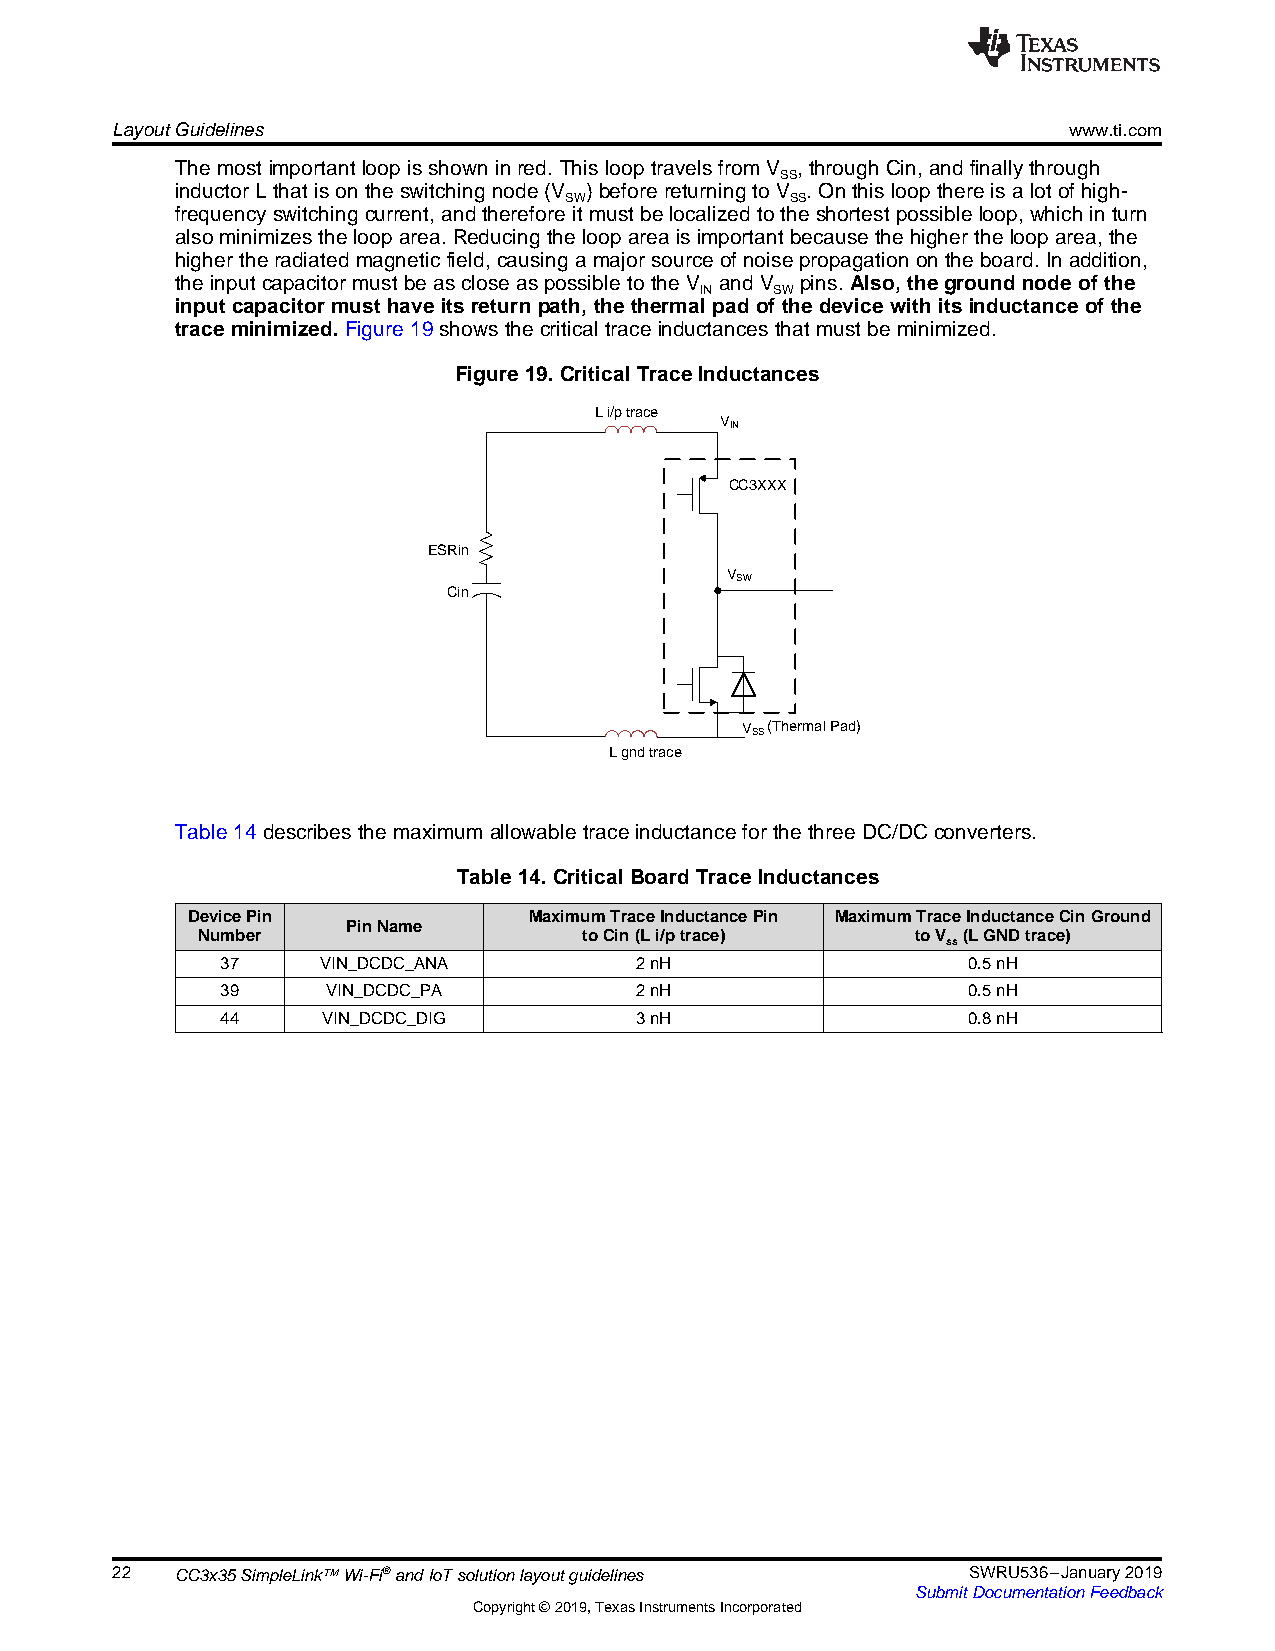
LayoutGuidelines                                                www.ti.com
 Themostimportantloopisshowninred.ThislooptravelsfromV ,throughCin,andfinallythrough
 SS
 inductorLthatisontheswitchingnode(V )beforereturningtoV .Onthisloopthereisalotof high-
 SW             SS
 frequencyswitchingcurrent,andthereforeitmust belocalizedtotheshortestpossibleloop, whichinturn
 alsominimizesthelooparea.Reducingtheloopareaisimportantbecausethehigher thelooparea,the
 higherthe radiatedmagneticfield,causingamajorsourceofnoisepropagationontheboard.Inaddition,
 theinputcapacitormustbeascloseaspossibletotheV andV pins.Also, thegroundnodeofthe
 IN   SW
 input capacitor musthaveitsreturnpath, thethermal padofthedevicewithitsinductanceofthe
 traceminimized.Figure19showsthecriticaltraceinductancesthat must beminimized.
 Figure19. CriticalTraceInductances
 L i/p trace
 VIN
 CC3XXX
 ESRin
 VSW
 Cin
 VSS(Thermal Pad)
 L gnd trace
 Table14describesthemaximumallowabletraceinductancefor thethreeDC/DCconverters.
 Table14. CriticalBoardTraceInductances
 DevicePin              MaximumTraceInductancePin MaximumTraceInductanceCinGround
 PinName
 Number                    toCin(Li/ptrace)      toV (LGNDtrace)
 ss
 37    VIN_DCDC_ANA         2nH                   0.5nH
 39     VIN_DCDC_PA         2nH                   0.5nH
 44    VIN_DCDC_DIG         3nH                   0.8nH
 22   CC3x35SimpleLink™Wi-Fi®andIoTsolutionlayoutguidelines SWRU536–January2019
 SubmitDocumentationFeedback
 Copyright©2019,TexasInstrumentsIncorporated